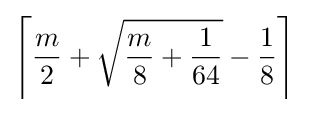
\displaystyle \left\lceil {\frac {m}{2}}+{\sqrt {{\frac {m}{8}}+{\frac {1}{64}}}}-{\frac {1}{8}}\right\rceil